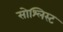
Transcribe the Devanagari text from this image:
सोश्लिस्ट